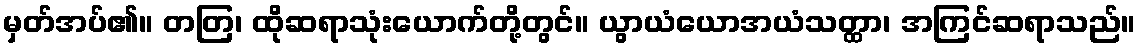
မှတ်အပ်၏။ တတြ၊ ထိုဆရာသုံးယောက်တို့တွင်။ ယွာယံယောအယံသတ္ထာ၊ အကြင်ဆရာသည်။